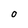
Character: 0